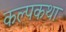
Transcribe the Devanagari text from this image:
कल्पकथा